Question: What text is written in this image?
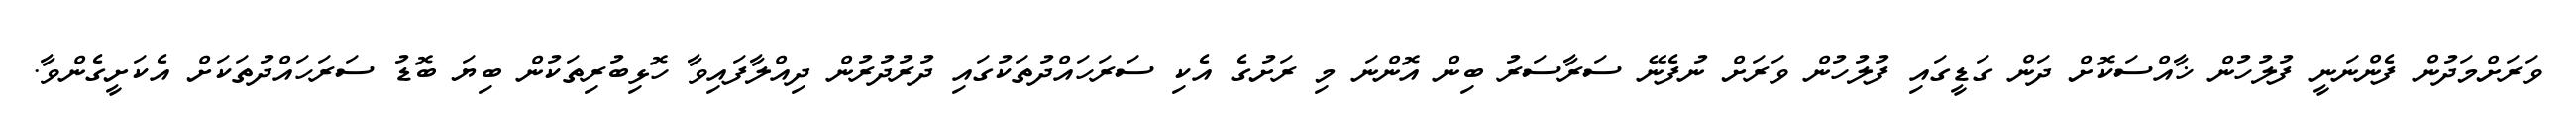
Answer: ވަރަށްމަދުން ފެންނަނީ ފުލުހުން ޚާއްސަކޮށް ދަން ގަޑީގައި ފުލުހުން ވަރަށް ނުފެނޭ ސަރާސަރު ބިން އޮންނަ މި ރަށުގެ އެކި ސަރަހައްދުތަކުގައި ދުރުދުރުން ދިއްލާފައިވާ ހޮޅިބުރިތަކުން ބިޔަ ބޮޑު ސަރަހައްދުތަކަށް އެކަށީގެންވާ.